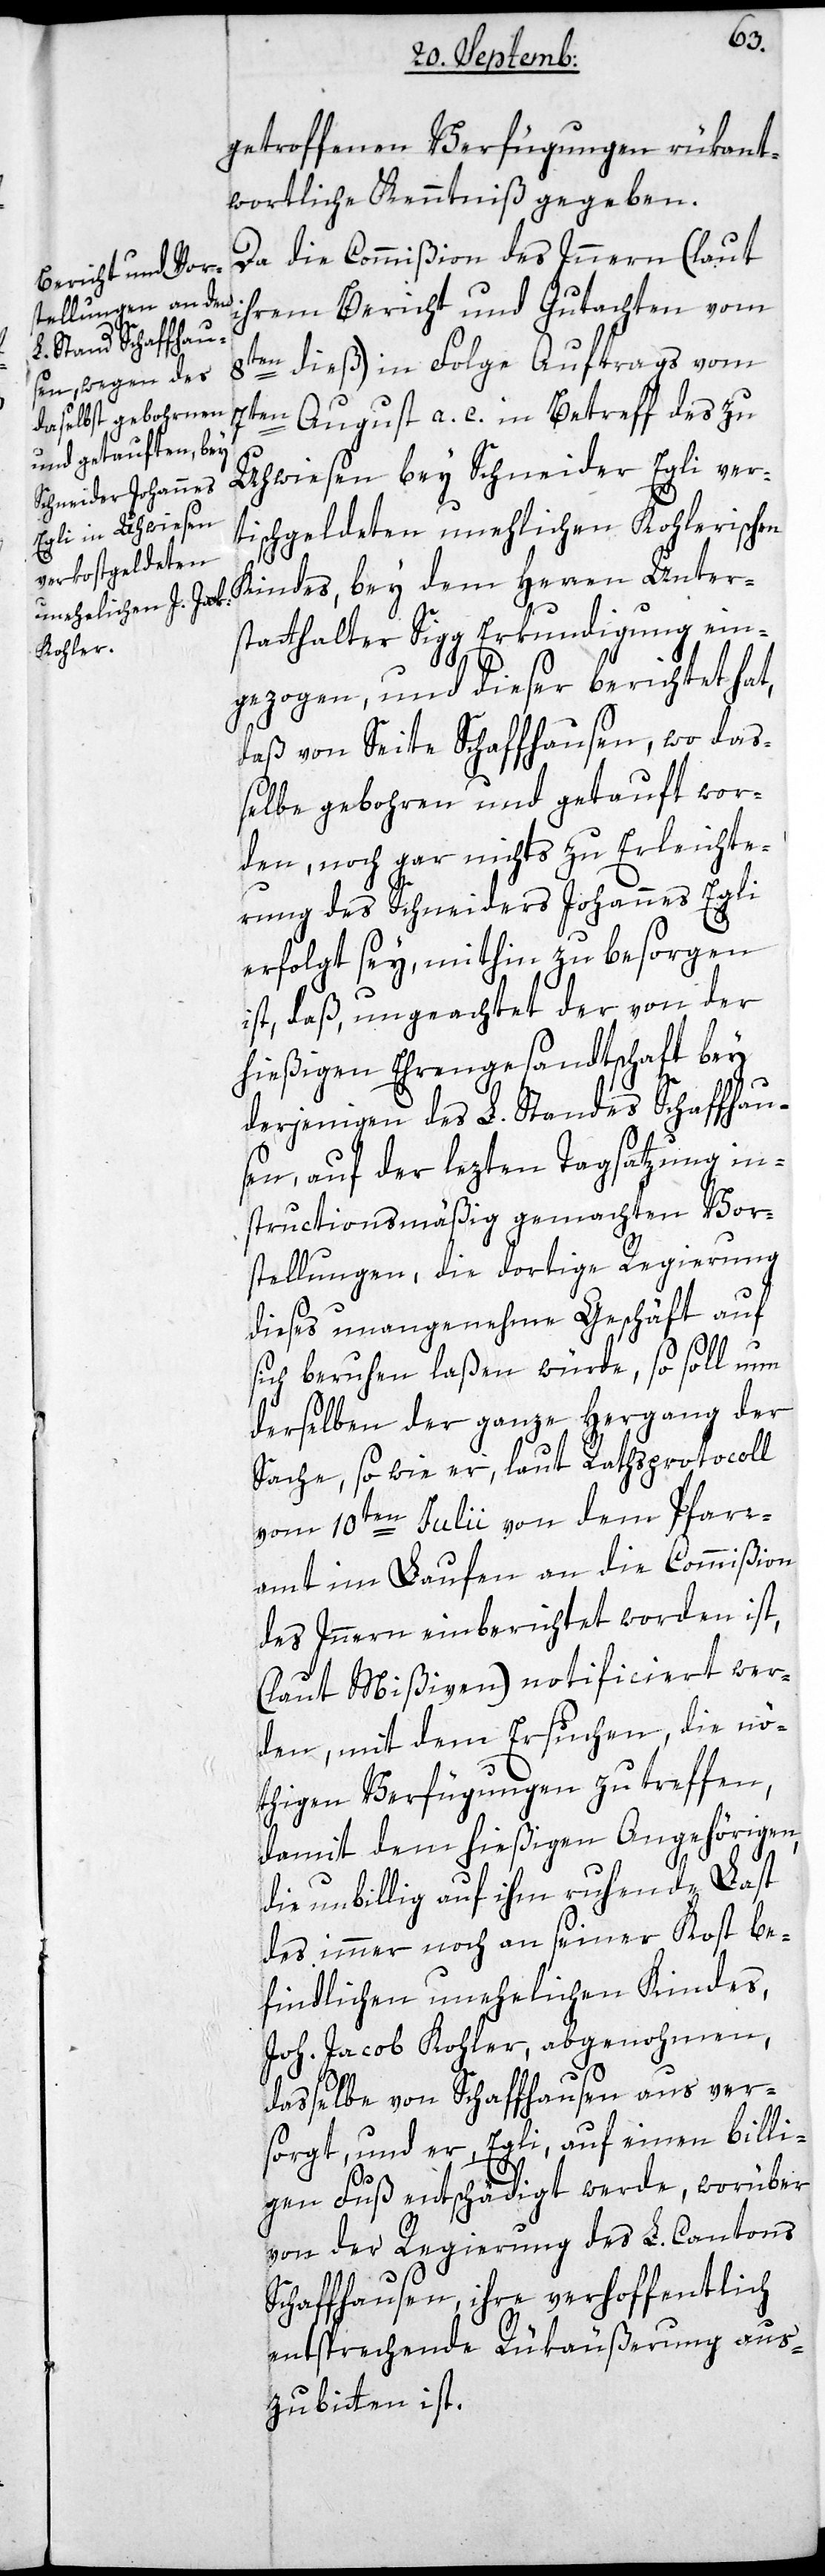
getroffenen Verfügungen rükant¬
wortliche Kenntniß gegeben.
Da die Commißion des Innern (laut
ihrem Bericht und Gutachten vom
8ten dieß) in Folge Auftrags vom
7ten August a. c. in Betreff des zu
Uhwiesen bey Schneider Egli ver¬
tischgeldeten unehlichen Kohlerischen
Kindes, bey dem Herren Unter¬
statthalter Sigg Erkundigung ein¬
gezogen, und dieser berichtet hat,
daß von Seite Schaffhausen, wo da¬
ßelbe gebohren und getauft wor¬
den, noch gar nichts zu Erleichte¬
rung des Schneiders Johannes Egli
erfolgt sey, mithin zu besorgen
ist, daß ungeachtet der von der
hießigen Ehrengesandtschaft bey
derjenigen des L. Standes Schaffhau¬
sen, auf der lezten Tagsatzung in¬
structionsmäßig gemachten Vor¬
stellungen, die dortige Regierung
dieses unangenehme Geschäft auf
sich beruhen laßen würde, so soll nun
derselben der ganze Hergang der
Sache, so wie er, laut Rathsprotocoll
vom 10ten Julii von dem Pfarr¬
amt im Laufen an die Commißion
des Innern einberichtet worden ist,
(laut Mißiven) notificiert wer¬
den, mit dem Ersuchen, die nö¬
thigen Verfügungen zu treffen,
damit dem hießigen Angehörigen
die unbillig auf ihm ruhende Last
des immer noch an seiner Kost be¬
findlichen unehelichen Kindes,
Joh. Jacob Kohler, abgenohmen,
dasselbe von Schaffhausen aus ver¬
sorgt, und er, Egli, auf einen billi¬
gen Fuß entschädigt werde, worüber
von der Regierung des L. Cantons
Schaffhausen, ihre verhoffentlich
entsprechende Rükäußerung aus¬
zubitten ist.